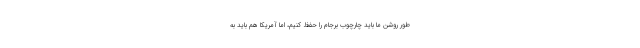
طور روشن ما باید چارچوب برجام را حفظ کنیم، اما آمریکا هم باید به